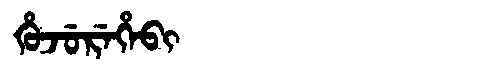
Manchu: ᡥᡠᠵᡠᡵᡝᡥᡝᠪᡳ
Romanization: HUJUREHEBI